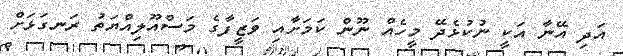
އަދި އޭނާ އަކީ ނުކުޅެދޭ މީހެއް ނޫން ކަމަށާއި ވަޒީފާގެ މަސްއޫލިއްޔަތު ރަނގަޅަށް